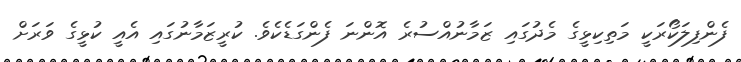
ފެންފިލަކޯރަކީ މަތިކިޅީގެ މެދުގައި ޒަމާނުއްސުރެ އޮންނަ ފެންގަޑެކެވެ. ކުރީޒަމާނުގައި އެއީ ކުޅީގެ ވަރަށް